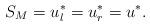
LaTeX: \begin{align*}S_M=u^{*}_l=u^{*}_r=u^{*}.\end{align*}